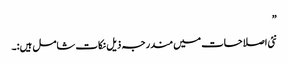
”
نئی اصلاحات میں مندرجہ ذیل نکات شامل ہیں:۔